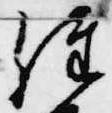
経